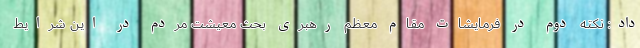
داد: نکته دوم در فرمایشات مقام معظم رهبری بحث معیشت مردم در این شرایط